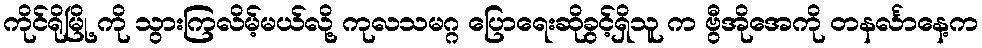
ကိုင်ရိုမြို့ ကို သွားကြလိမ့်မယ်လို့ ကုလသမဂ္ဂ ပြောရေးဆိုခွင့်ရှိသူ က ဗွီအိုအေကို တနင်္လာနေ့က